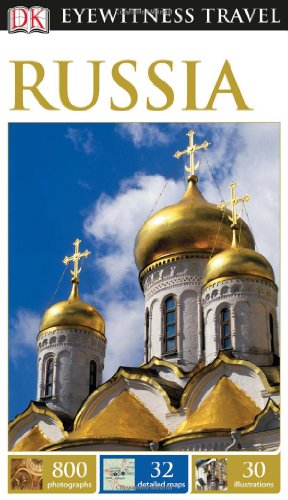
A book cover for DK Eyewitness Travel Guide: Russia; Inc. (COR) Dorling Kindersley; Travel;